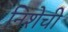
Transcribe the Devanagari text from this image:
निशेची